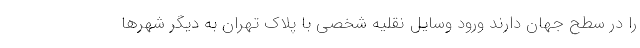
را در سطح جهان دارند ورود وسایل نقلیه شخصی با پلاک تهران به دیگر شهرها